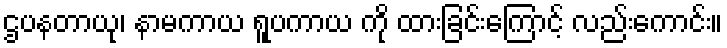
ဌပနတာယု၊ နာမကာယ ရူပကာယ ကို ထားခြင်းကြောင့် လည်းကောင်း။